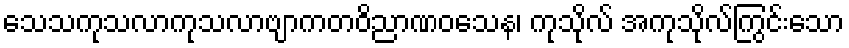
သေသကုသလာကုသလာဗျာကတဝိညာဏဝသေန၊ ကုသိုလ် အကုသိုလ်ကြွင်းသော